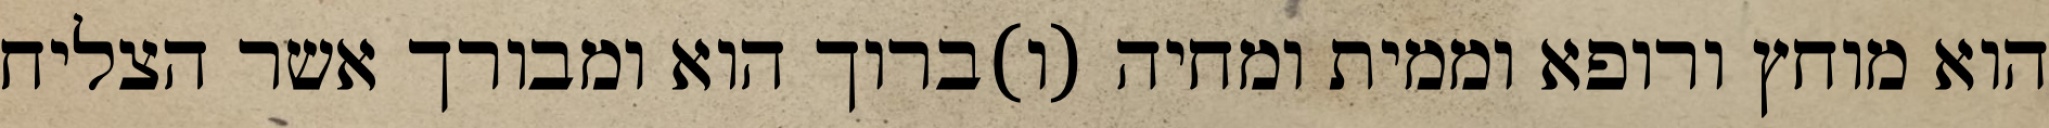
הוא מוחץ ורופא וממית ומחיה (ו)ברוך הוא ומבורך אשר הצליח